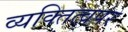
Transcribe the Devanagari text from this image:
व्यक्तित्वपर